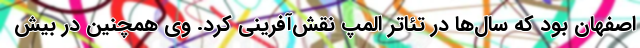
اصفهان بود که سال‌ها در تئاتر اُلمپ نقش‌آفرینی کرد. وی همچنین در بیش